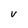
Character: v